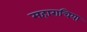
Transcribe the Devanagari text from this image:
महाराचिया